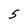
Character: 5